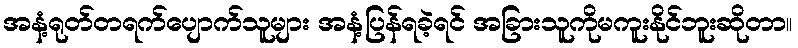
အနံ့ရုတ်တရက်ပျောက်သူများ အနံ့ပြန်ရခဲ့ရင် အခြားသူကိုမကူးနိုင်ဘူးဆိုတာ။